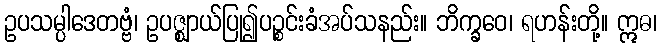
ဥပသမ္ပါဒေတဗ္ဗံ၊ ဥပဇ္ဈာယ်ပြု၍ပဉ္စင်းခံအပ်သနည်း။ ဘိက္ခဝေ၊ ရဟန်းတို့။ ဣဓ၊